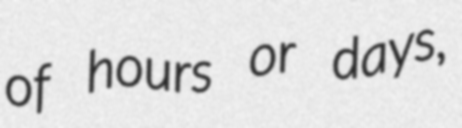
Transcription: of hours or days,